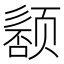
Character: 𬱰